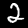
Label: 2